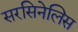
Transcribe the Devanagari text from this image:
सरसिनेलिस